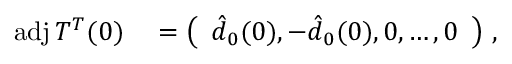
\begin{array} { r l } { \mathrm { a d j } \, T ^ { T } ( 0 ) } & { { } = \left( \begin{array} { l } { \hat { d } _ { 0 } ( 0 ) , - \hat { d } _ { 0 } ( 0 ) , 0 , \dots , 0 } \end{array} \right) \, , } \end{array}